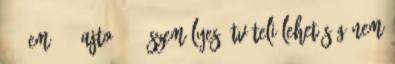
67. em.: 4 ajtó: 13. Személyes átvételi lehetőség nem